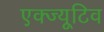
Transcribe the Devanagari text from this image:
एक्ज्यूटिव